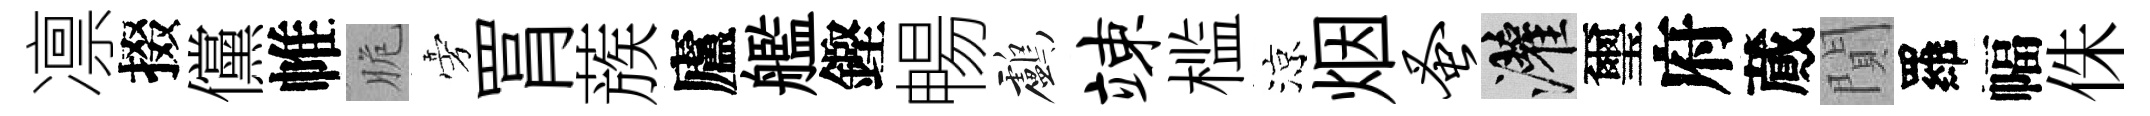
凛掇儻帷脆旁罥蔟廬艦鏗暢鸕竦槛涼烟蚤灌璽府蕆閴羅幅侏